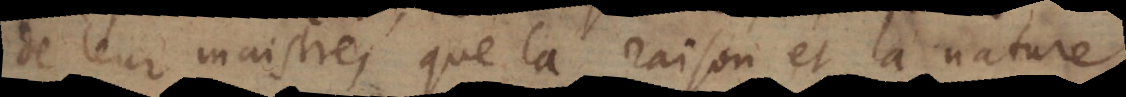
de leur maistre, que la raison et la nature